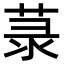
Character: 菉